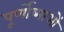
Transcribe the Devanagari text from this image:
पूर्णोष्माओं